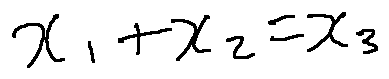
x _ { 1 } + x _ { 2 } = x _ { 3 }